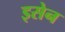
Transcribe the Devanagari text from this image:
इसेन